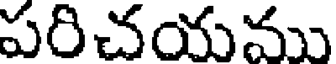
పరిచయము